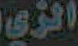
الزي